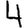
Digit: 4